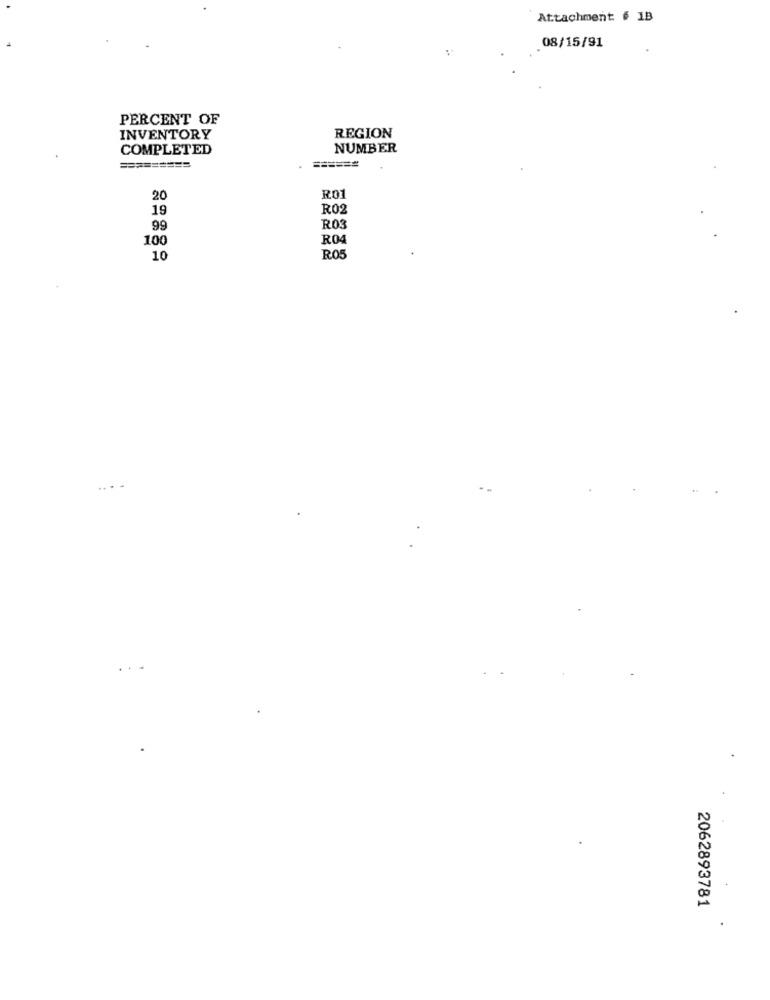
Attachment # 1B
08/15/91
PERCENT OF
INVENTORY
REGION
COMPLETED
NUMBER
==
=========
20
R01
19
R02
99
R03
10
R04
10
R05
2062893781